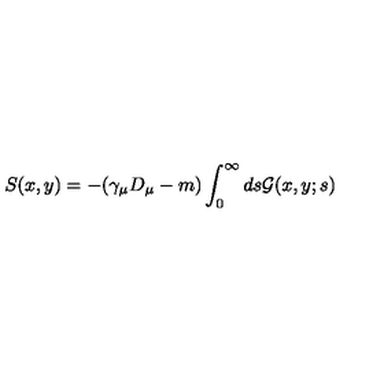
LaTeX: S ( x , y ) = - ( \gamma _ { \mu } D _ { \mu } - m ) \int _ { 0 } ^ { \infty } d s { \cal G } ( x , y ; s )